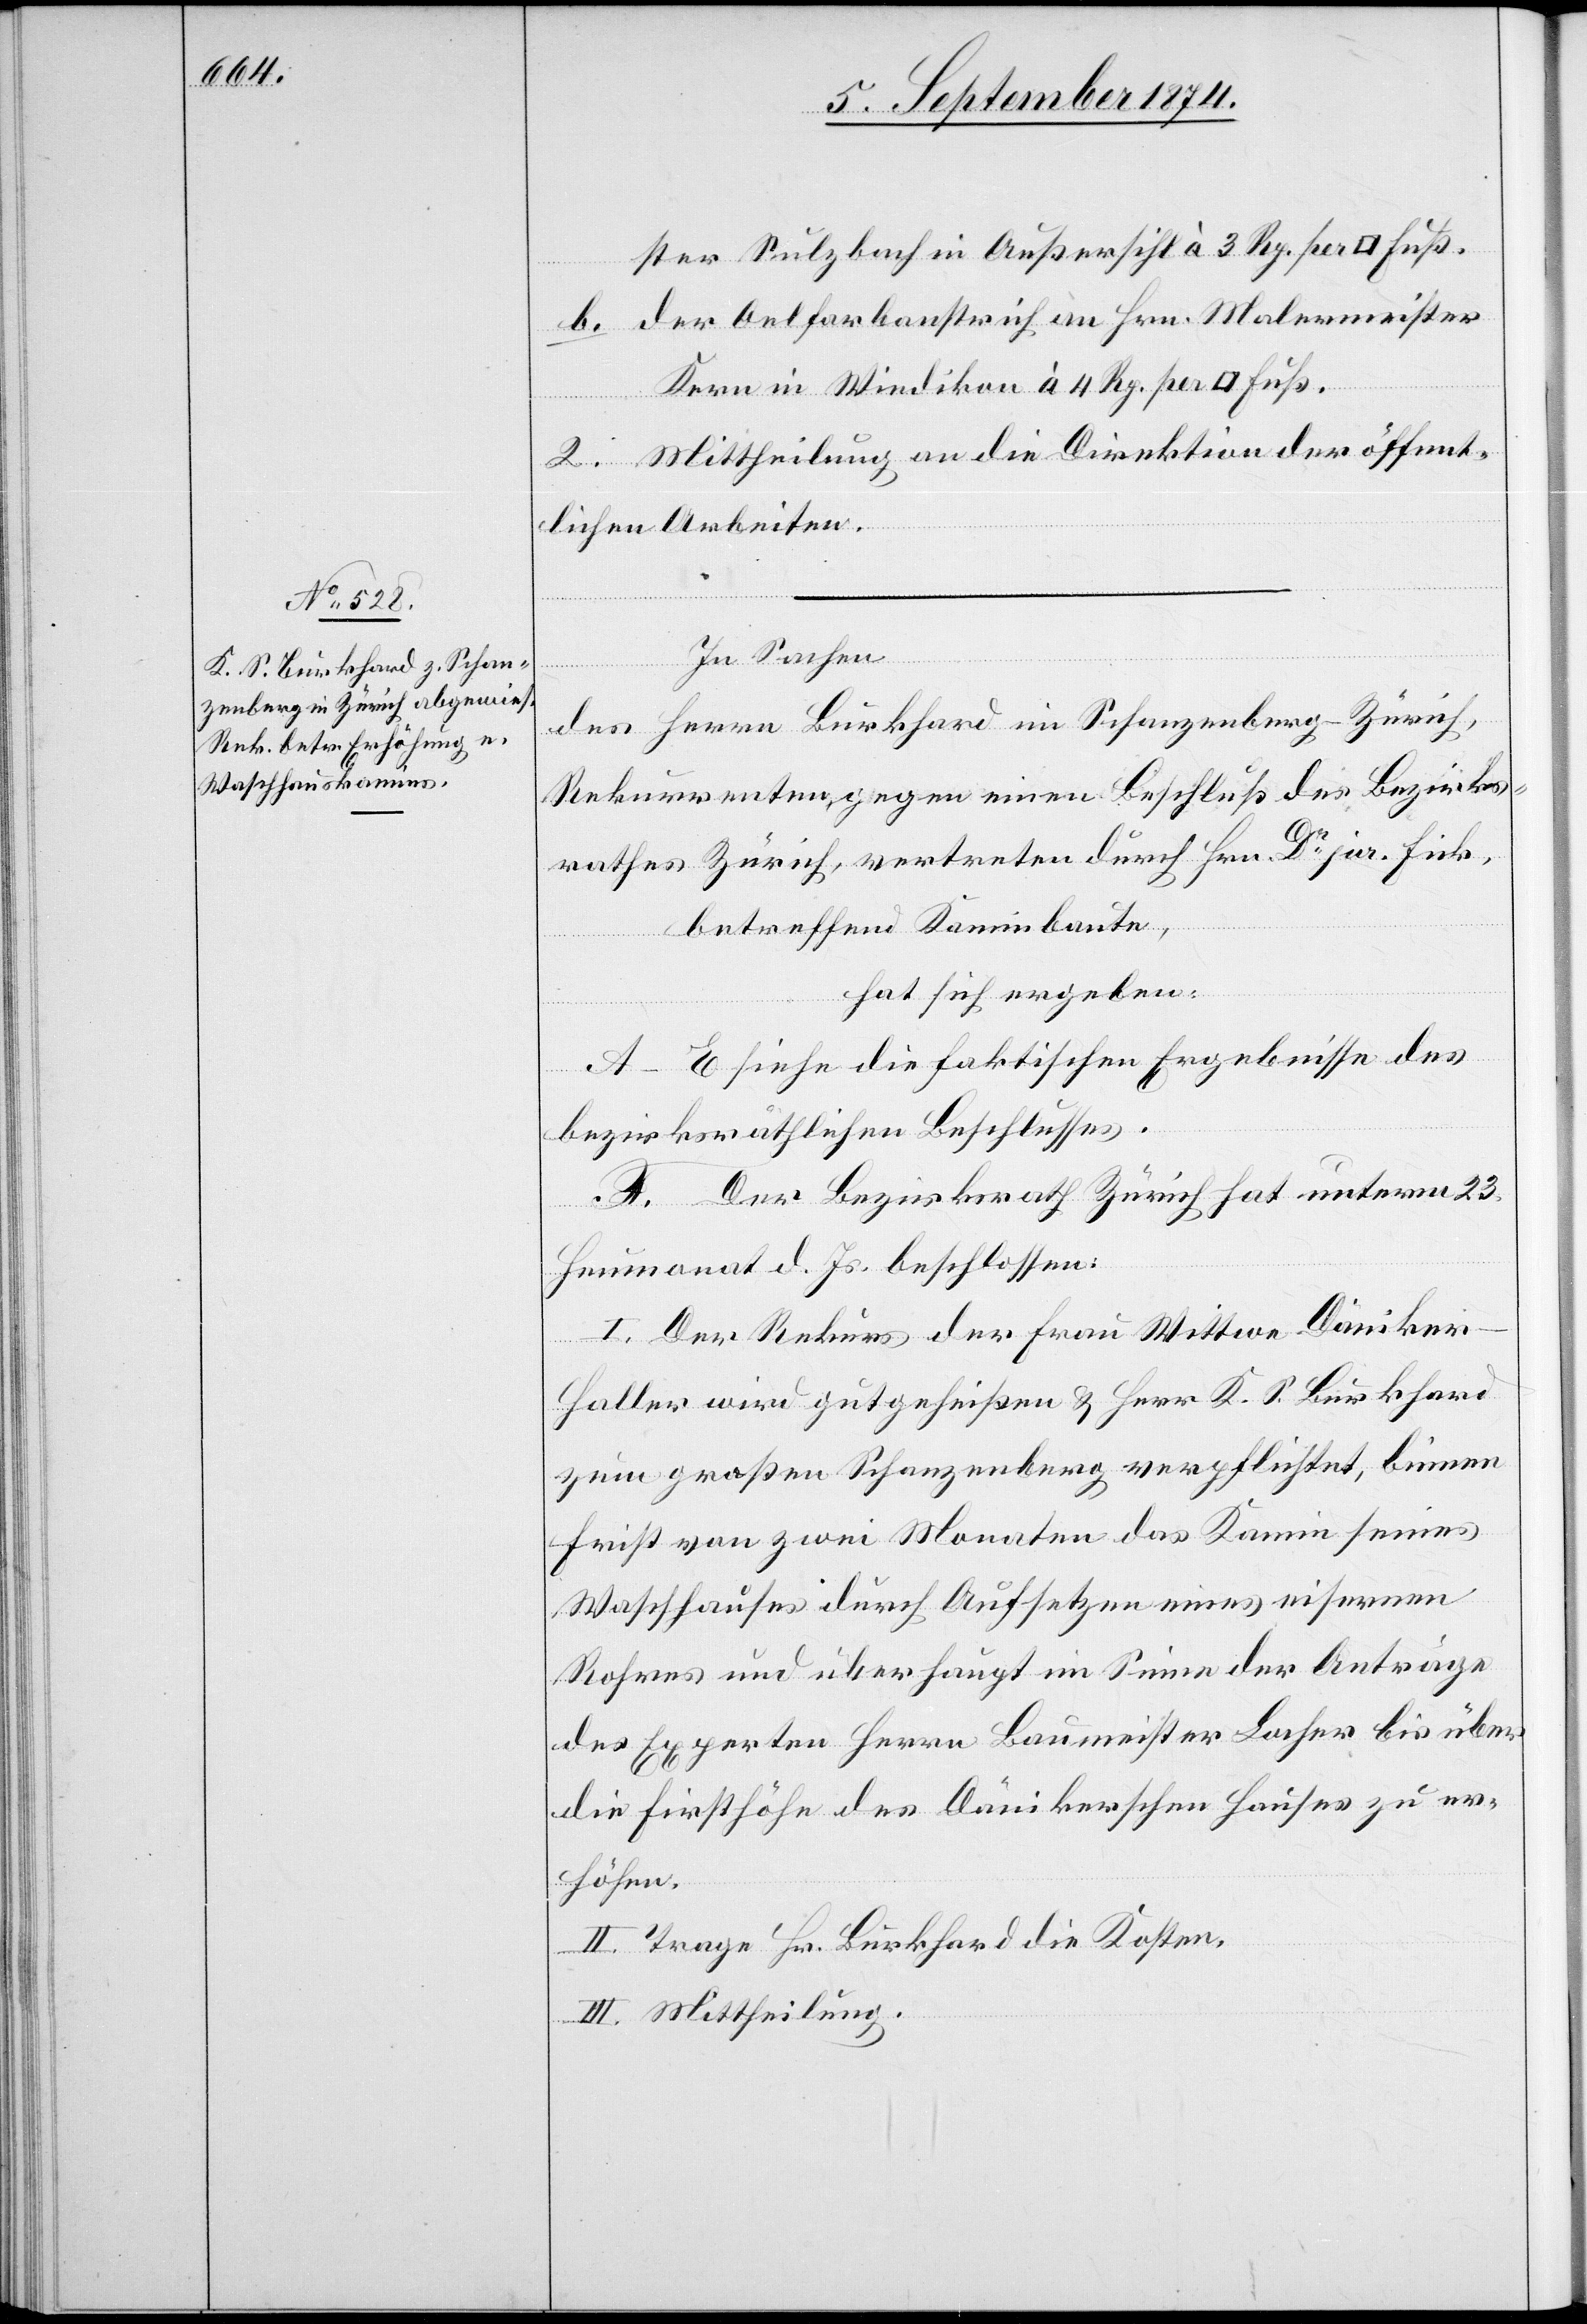
ster Sulzbach in Außersihl à 3 Rp. per
b. der Oelfarbanstrich an Hrn. Malermeister
Kern in Wiedikon à 4 Rp. per
2. Mittheilung an die Direktion der öffent¬
lichen Arbeiten.
In Sachen
des Herrn Burkhard im Schanzenberg - Zürich,
Rekurrenten gegen einen Beschluß des Bezirks¬
rathes Zürich, vertreten durch Hrn. Dr jur. Fick,
betreffend Kaminbaute,
hat sich ergeben:
A.–E. siehe die faktischen Ergebnisse des
bezirksräthlichen Beschlusses.
F. Der Bezirksrath Zürich hat unterm 23.
Heumonat d. Js. beschlossen:
I. Der Rekurs der Frau Wittwe Däniker-H¬
aller wird gutgeheißen u. Herr K. S. Burkhard
zum großen Schanzenberg verpflichtet, binnen
Frist von zwei Monaten das Kamin seines
Waschhauses durch Aufsetzen eines eisernen
Rohres und überhaupt im Sinne der Anträge
des Experten Herrn Baumeister Locher bis über
die Firsthöhe des Dänikerschen Hauses zu er¬
höhen.
II. Trage Hr. Burkhard die Kosten.
III. Mittheilung.